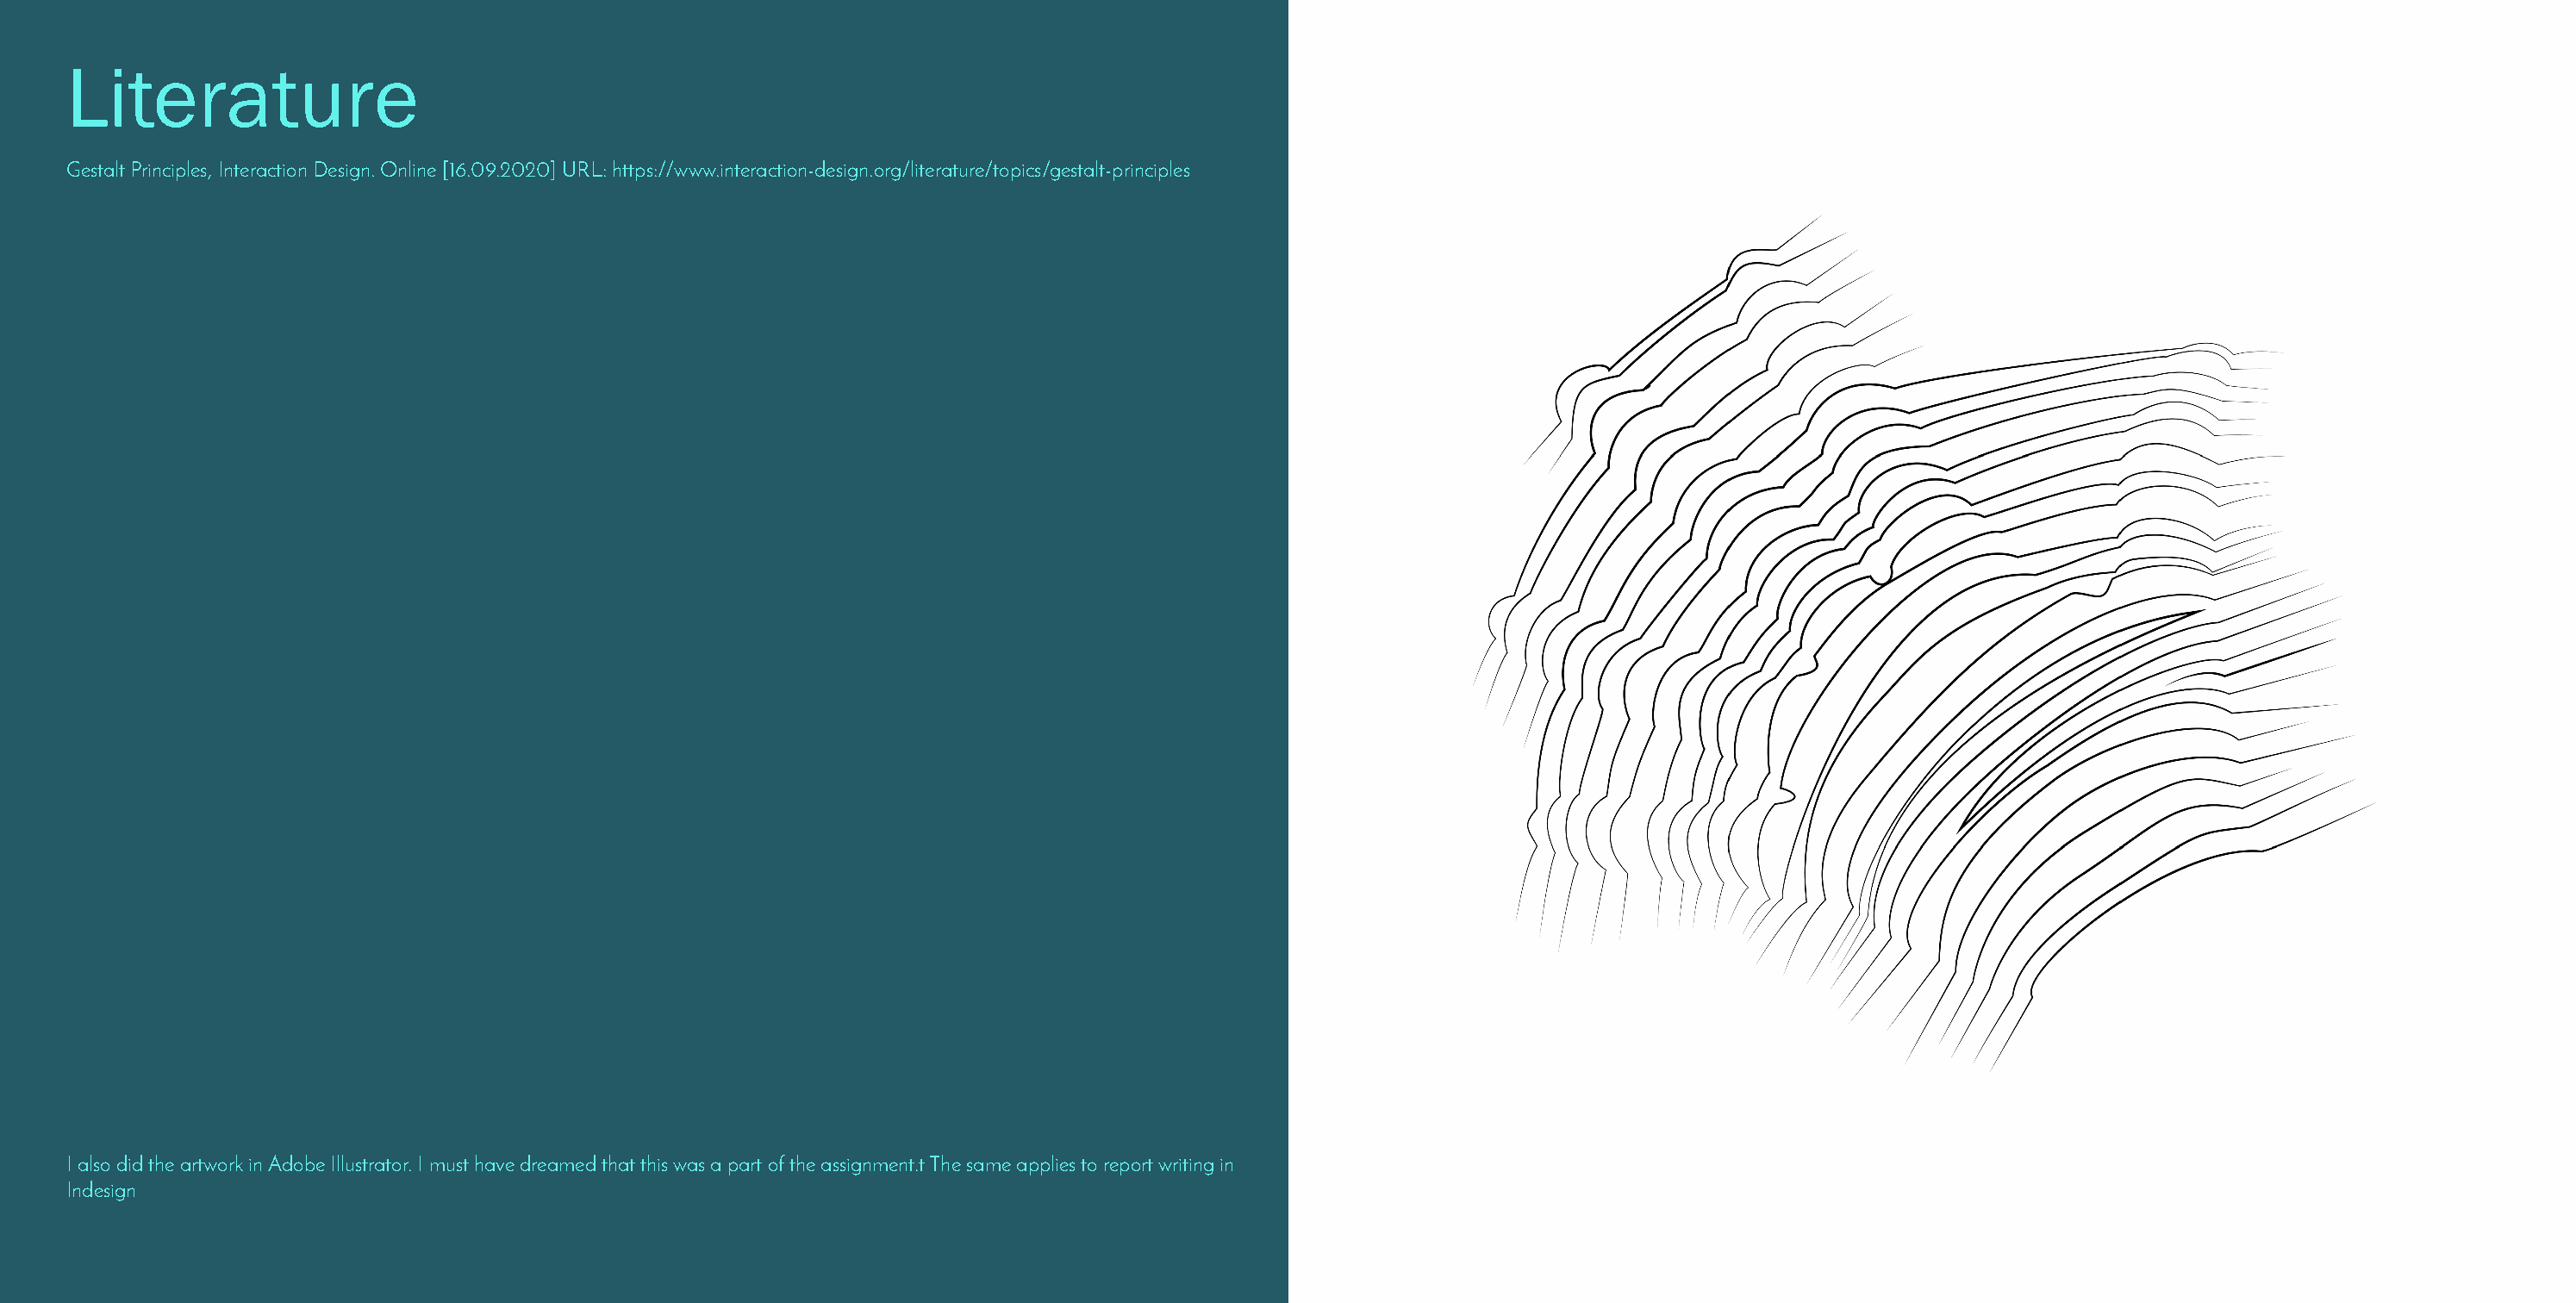
Literature
 Gestalt Principles, Interaction Design. Online [16.09.2020] URL: https://www.interaction-design.org/literature/topics/gestalt-principles
 I also did the artwork in Adobe Illustrator. I must have dreamed that this was a part of the assignment.t The same applies to report writing in
 Indesign